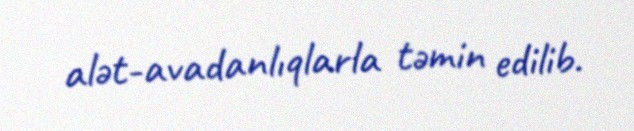
alət-avadanlıqlarla təmin edilib.